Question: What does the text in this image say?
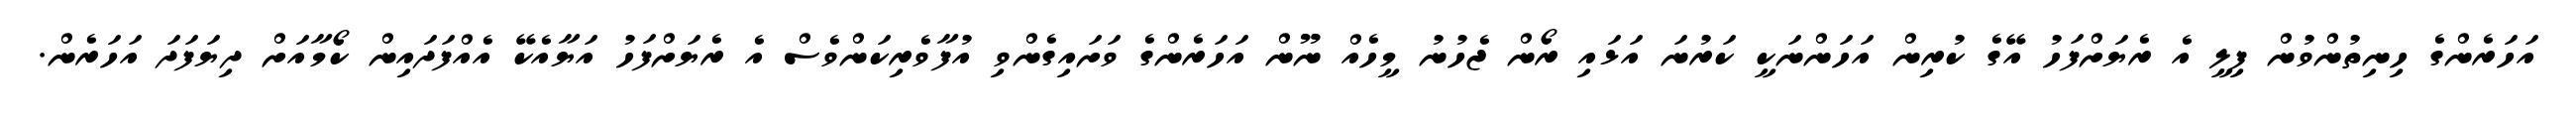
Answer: އަހަރެންގެ ހިނިތުންވުން ފިލީ އެ ރެޔަށްފަހު އޭގެ ކުރިން އަހަންނަކީ ކަރުނަ އަޅައި ރޯން ޖެހުނު މީހެއް ނޫން އަހަރެންގެ ވަށައިގެންވި އުފާވެރިކަންވެސް އެ ރެޔަށްފަހު އަޔާއެކޭ އެއްފަދައިން ކޯމާއަށް ދިޔަފަދަ އަހަރެން.